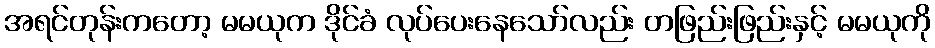
အရင်တုန်းကတော့ မမယုက ဒိုင်ခံ လုပ်ပေးနေသော်လည်း တဖြည်းဖြည်းနှင့် မမယုကို